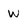
Character: W